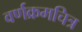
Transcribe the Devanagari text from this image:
वर्णक्रमचित्र